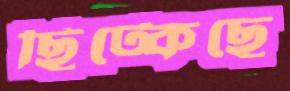
ছিট্‌কেছে